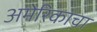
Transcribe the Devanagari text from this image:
अमेरिकाचा